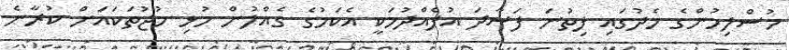
މުސްލިމުންގެ މެދުގައި ފިތުނަ ފަސާދަ އުފެއްދުމަކީ އެކަމުގެ ގެއްލުން މުޅި މުޖުތަކައަށް ކުރާނެ